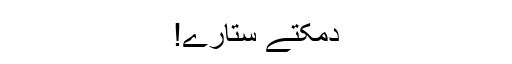
دمکتے ستارے!